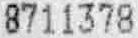
8711378